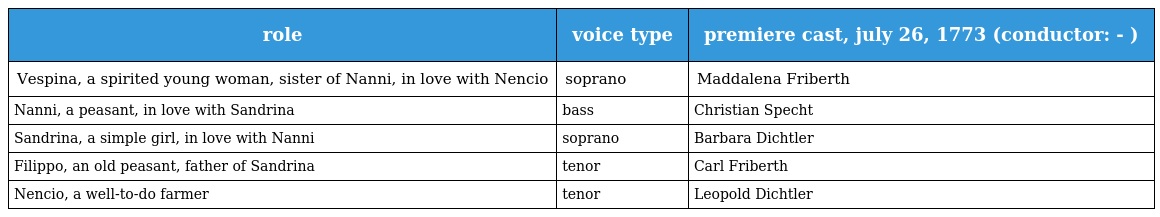
| role | voice type | premiere cast, july 26, 1773 (conductor: - ) |
 | --- | --- | --- |
 | Vespina, a spirited young woman, sister of Nanni, in love with Nencio | soprano | Maddalena Friberth |
 | Nanni, a peasant, in love with Sandrina | bass | Christian Specht |
 | Sandrina, a simple girl, in love with Nanni | soprano | Barbara Dichtler |
 | Filippo, an old peasant, father of Sandrina | tenor | Carl Friberth |
 | Nencio, a well-to-do farmer | tenor | Leopold Dichtler |